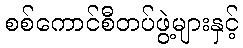
စစ်ကောင်စီတပ်ဖွဲ့များနှင့်